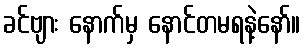
ခင်ဗျား နောက်မှ နောင်တမရနဲ့နော်။